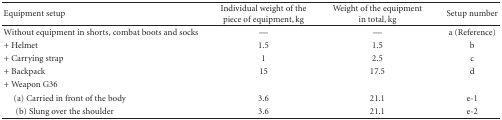
<table><thead><tr><td><b>Equipment setup</b></td><td><b>Individual weight of thepiece of equipment, kg</b></td><td><b>Weight of the equipmentin total, kg</b></td><td><b>Setup number</b></td></tr></thead><tbody><tr><td>Without equipment in shorts, combat boots and socks</td><td>—</td><td>—</td><td>a (Reference)</td></tr><tr><td>+ Helmet</td><td>1.5 </td><td>1.5 </td><td>b</td></tr><tr><td>+ Carrying strap</td><td>1 </td><td>2.5 </td><td>c</td></tr><tr><td>+ Backpack</td><td>15 </td><td>17.5 </td><td>d</td></tr><tr><td>+ Weapon G36</td><td>[EMPTY_CELL]</td><td>[EMPTY_CELL]</td><td>[EMPTY_CELL]</td></tr><tr><td> (a) Carried in front of the body</td><td>3.6</td><td>21.1</td><td>e-1</td></tr><tr><td>(b) Slung over the shoulder</td><td>3.6</td><td>21.1</td><td>e-2</td></tr></tbody></table>